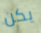
يكن